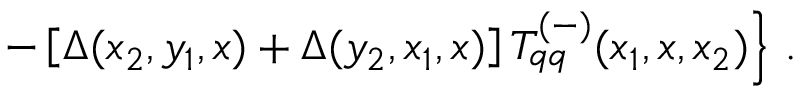
\left. - \left[ \Delta ( x _ { 2 } , y _ { 1 } , x ) + \Delta ( y _ { 2 } , x _ { 1 } , x ) \right] T _ { q q } ^ { ( - ) } ( x _ { 1 } , x , x _ { 2 } ) \right\} \, .